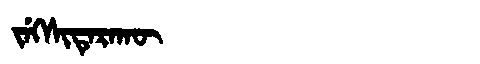
Manchu: ᠵᡝᡴᠰᡳᡨᡝᡵᠠᡴᡡ
Romanization: JEKSITERAKŪ